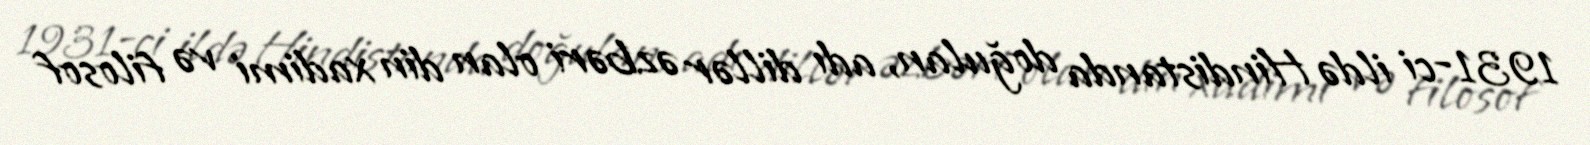
1931-ci ildə Hindistanda doğulan, adı dillər əzbəri olan din xadimi və filosof